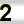
Digit: 2